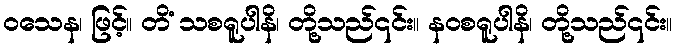
ဝသေန၊ ဖြင့်။ တိံ သစရူပါနိ၊ တို့သည်၎င်း။ နဝစရူပါနိ၊ တို့သည်၎င်း။